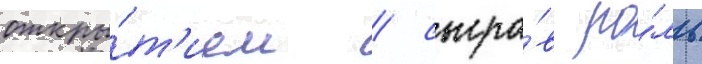
откры́т'ием / сыгра́в ро́ль